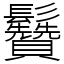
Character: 䰖